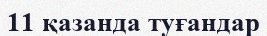
11 қазанда туғандар